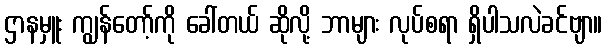
ဌာနမှူး ကျွန်တော့်ကို ခေါ်တယ် ဆိုလို့ ဘာများ လုပ်စရာ ရှိပါသလဲခင်ဗျာ။